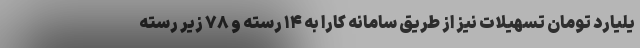
یلیارد تومان تسهیلات نیز از طریق سامانه کارا به ۱۴ رسته و ۷۸ زیر رسته